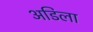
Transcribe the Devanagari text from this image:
अडिला